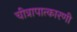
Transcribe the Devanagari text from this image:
चीत्रापात्कारणी